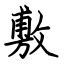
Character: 敷